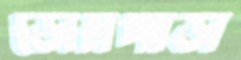
ডোমপাড়া